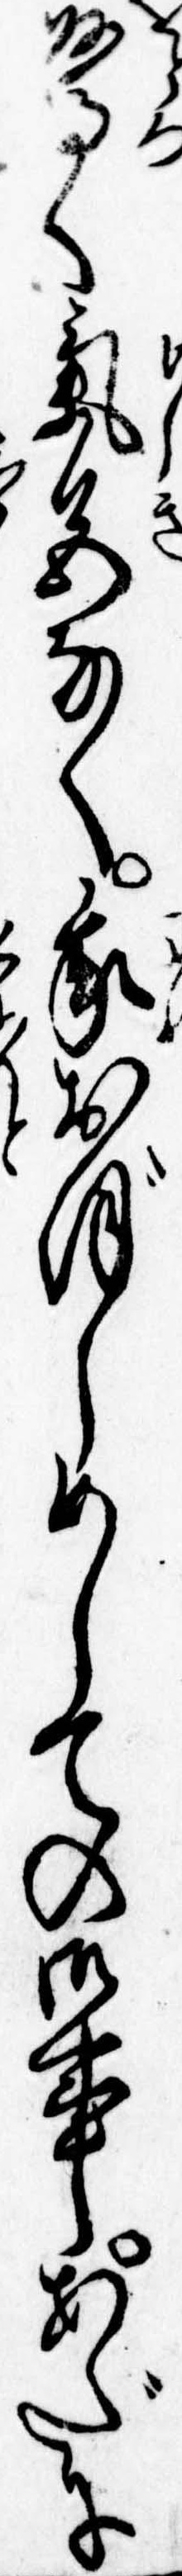
驚く気色なく我おぼしめしての御事あだに